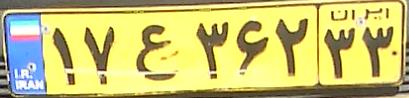
۱۷ع۳۶۲۳۳